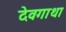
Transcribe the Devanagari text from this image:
देवगाथा